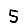
Digit: 5